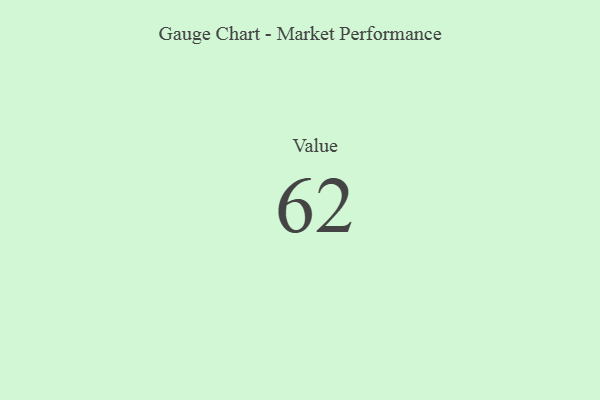
{"axis": {"x": "Metric", "y": "Value"}, "legend": [""], "data": [{"x": "Value", "y": 62, "type": ""}]}